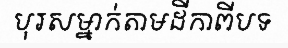
បុរសម្នាក់តាមដីកាពីបទ